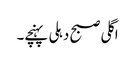
اگلی صبح دہلی پہنچے۔